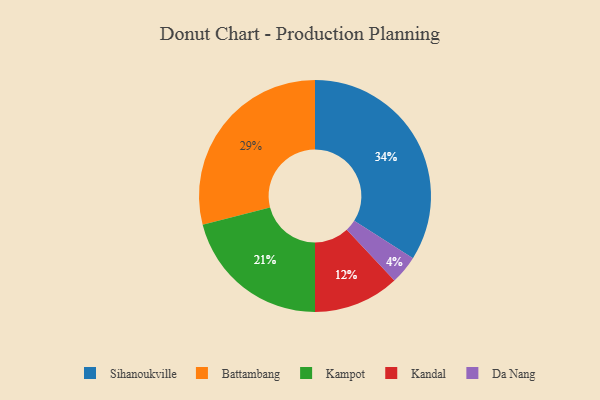
{"axis": {"x": "Category", "y": "Percentage"}, "legend": ["Battambang", "Da Nang", "Kampot", "Kandal", "Sihanoukville"], "data": [{"x": "Kandal", "y": 12, "type": "Kandal"}, {"x": "Kampot", "y": 21, "type": "Kampot"}, {"x": "Battambang", "y": 29, "type": "Battambang"}, {"x": "Da Nang", "y": 4, "type": "Da Nang"}, {"x": "Sihanoukville", "y": 34, "type": "Sihanoukville"}]}